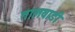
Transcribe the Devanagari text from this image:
तालवाडी